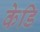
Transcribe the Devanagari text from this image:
केडि